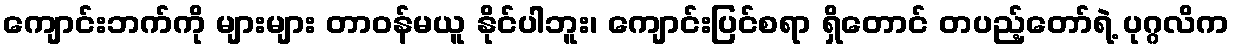
ကျောင်းဘက်ကို များများ တာဝန်မယူ နိုင်ပါဘူး၊ ကျောင်းပြင်စရာ ရှိတောင် တပည့်တော်ရဲ့ ပုဂ္ဂလိက